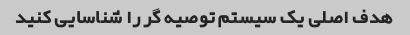
هدف اصلی یک سیستم توصیه گر را شناسایی کنید